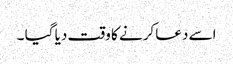
اسے دعا کرنے کا وقت دیا گیا ۔